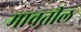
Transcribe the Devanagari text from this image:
मावतील